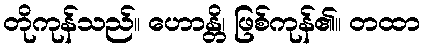
တိုကုန်သည်။ ဟောန္တိ၊ ဖြစ်ကုန်၏။ တထာ